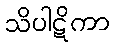
သိပါဋိကာ